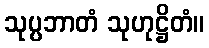
သုပ္ပဘာတံ သုဟုဋ္ဌိတံ။